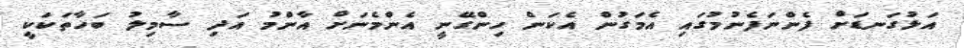
އަޅުގަނޑަށް ފެންނަފެނުމުގައި އެމަގުން އެކަން ހިންގޭނީ އެންމެނަށް އާންމު އަދި ސާމިލު ބަހާތަކަކީ